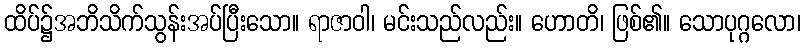
ထိပ်၌အဘိသိက်သွန်းအပ်ပြီးသော။ ရာဇာဝါ၊ မင်းသည်လည်း။ ဟောတိ၊ ဖြစ်၏။ သောပုဂ္ဂလော၊